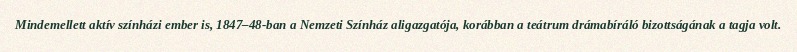
Mindemellett aktív színházi ember is, 1847–48-ban a Nemzeti Színház aligazgatója, korábban a teátrum drámabíráló bizottságának a tagja volt.